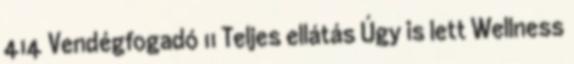
414 Vendégfogadó 11 Teljes ellátás Úgy is lett Wellness